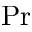
\operatorname* { P r }